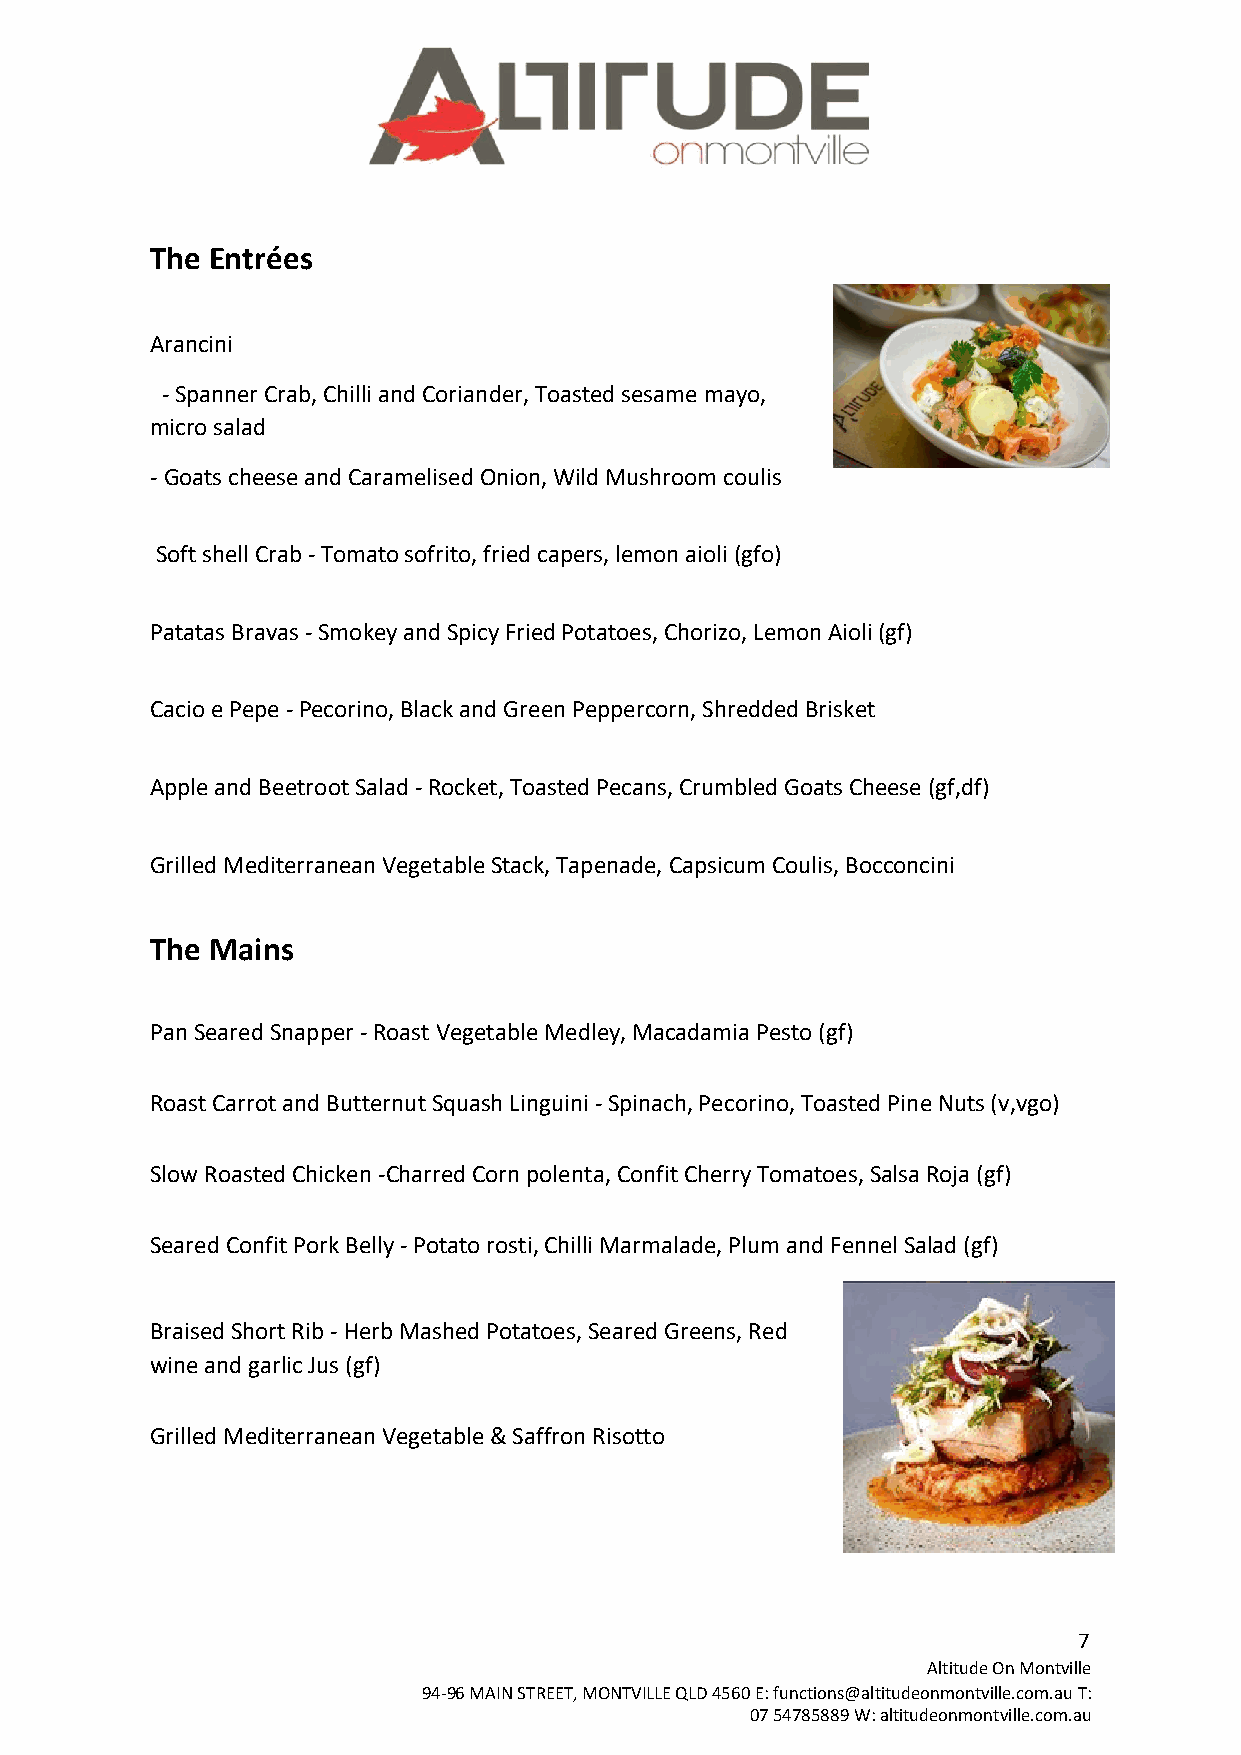
The Entrées
 Arancini
 - Spanner Crab, Chilli and Coriander, Toasted sesame mayo,
 micro salad
 - Goats cheese and Caramelised Onion, Wild Mushroom coulis
 Soft shell Crab - Tomato sofrito, fried capers, lemon aioli (gfo)
 Patatas Bravas - Smokey and Spicy Fried Potatoes, Chorizo, Lemon Aioli (gf)
 Cacio e Pepe - Pecorino, Black and Green Peppercorn, Shredded Brisket
 Apple and Beetroot Salad - Rocket, Toasted Pecans, Crumbled Goats Cheese (gf,df)
 Grilled Mediterranean Vegetable Stack, Tapenade, Capsicum Coulis, Bocconcini
 The Mains
 Pan Seared Snapper - Roast Vegetable Medley, Macadamia Pesto (gf)
 Roast Carrot and Butternut Squash Linguini - Spinach, Pecorino, Toasted Pine Nuts (v,vgo)
 Slow Roasted Chicken -Charred Corn polenta, Confit Cherry Tomatoes, Salsa Roja (gf)
 Seared Confit Pork Belly - Potato rosti, Chilli Marmalade, Plum and Fennel Salad (gf)
 Braised Short Rib - Herb Mashed Potatoes, Seared Greens, Red
 wine and garlic Jus (gf)
 Grilled Mediterranean Vegetable & Saffron Risotto
 7
 Altitude On Montville
 94-96 MAIN STREET, MONTVILLE QLD 4560 E: functions@altitudeonmontville.com.au T:
 07 54785889 W: altitudeonmontville.com.au